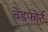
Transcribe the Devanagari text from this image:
बेडफोर्ट